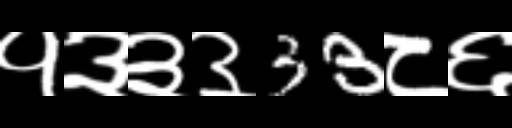
Text: १३३३33८६